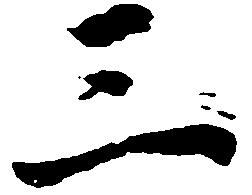
三